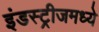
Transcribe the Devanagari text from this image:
इंडस्ट्रीजमध्ये